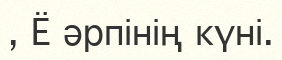
, Ё әрпінің күні.